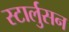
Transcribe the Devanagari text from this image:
स्टार्लुसन